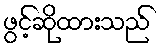
ဖွင့်ဆိုထားသည်